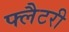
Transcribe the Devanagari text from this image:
फ्लैटरी